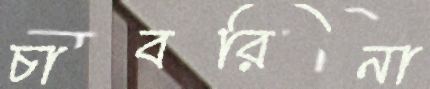
চাবরিনা